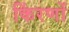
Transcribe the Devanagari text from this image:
किंरणों